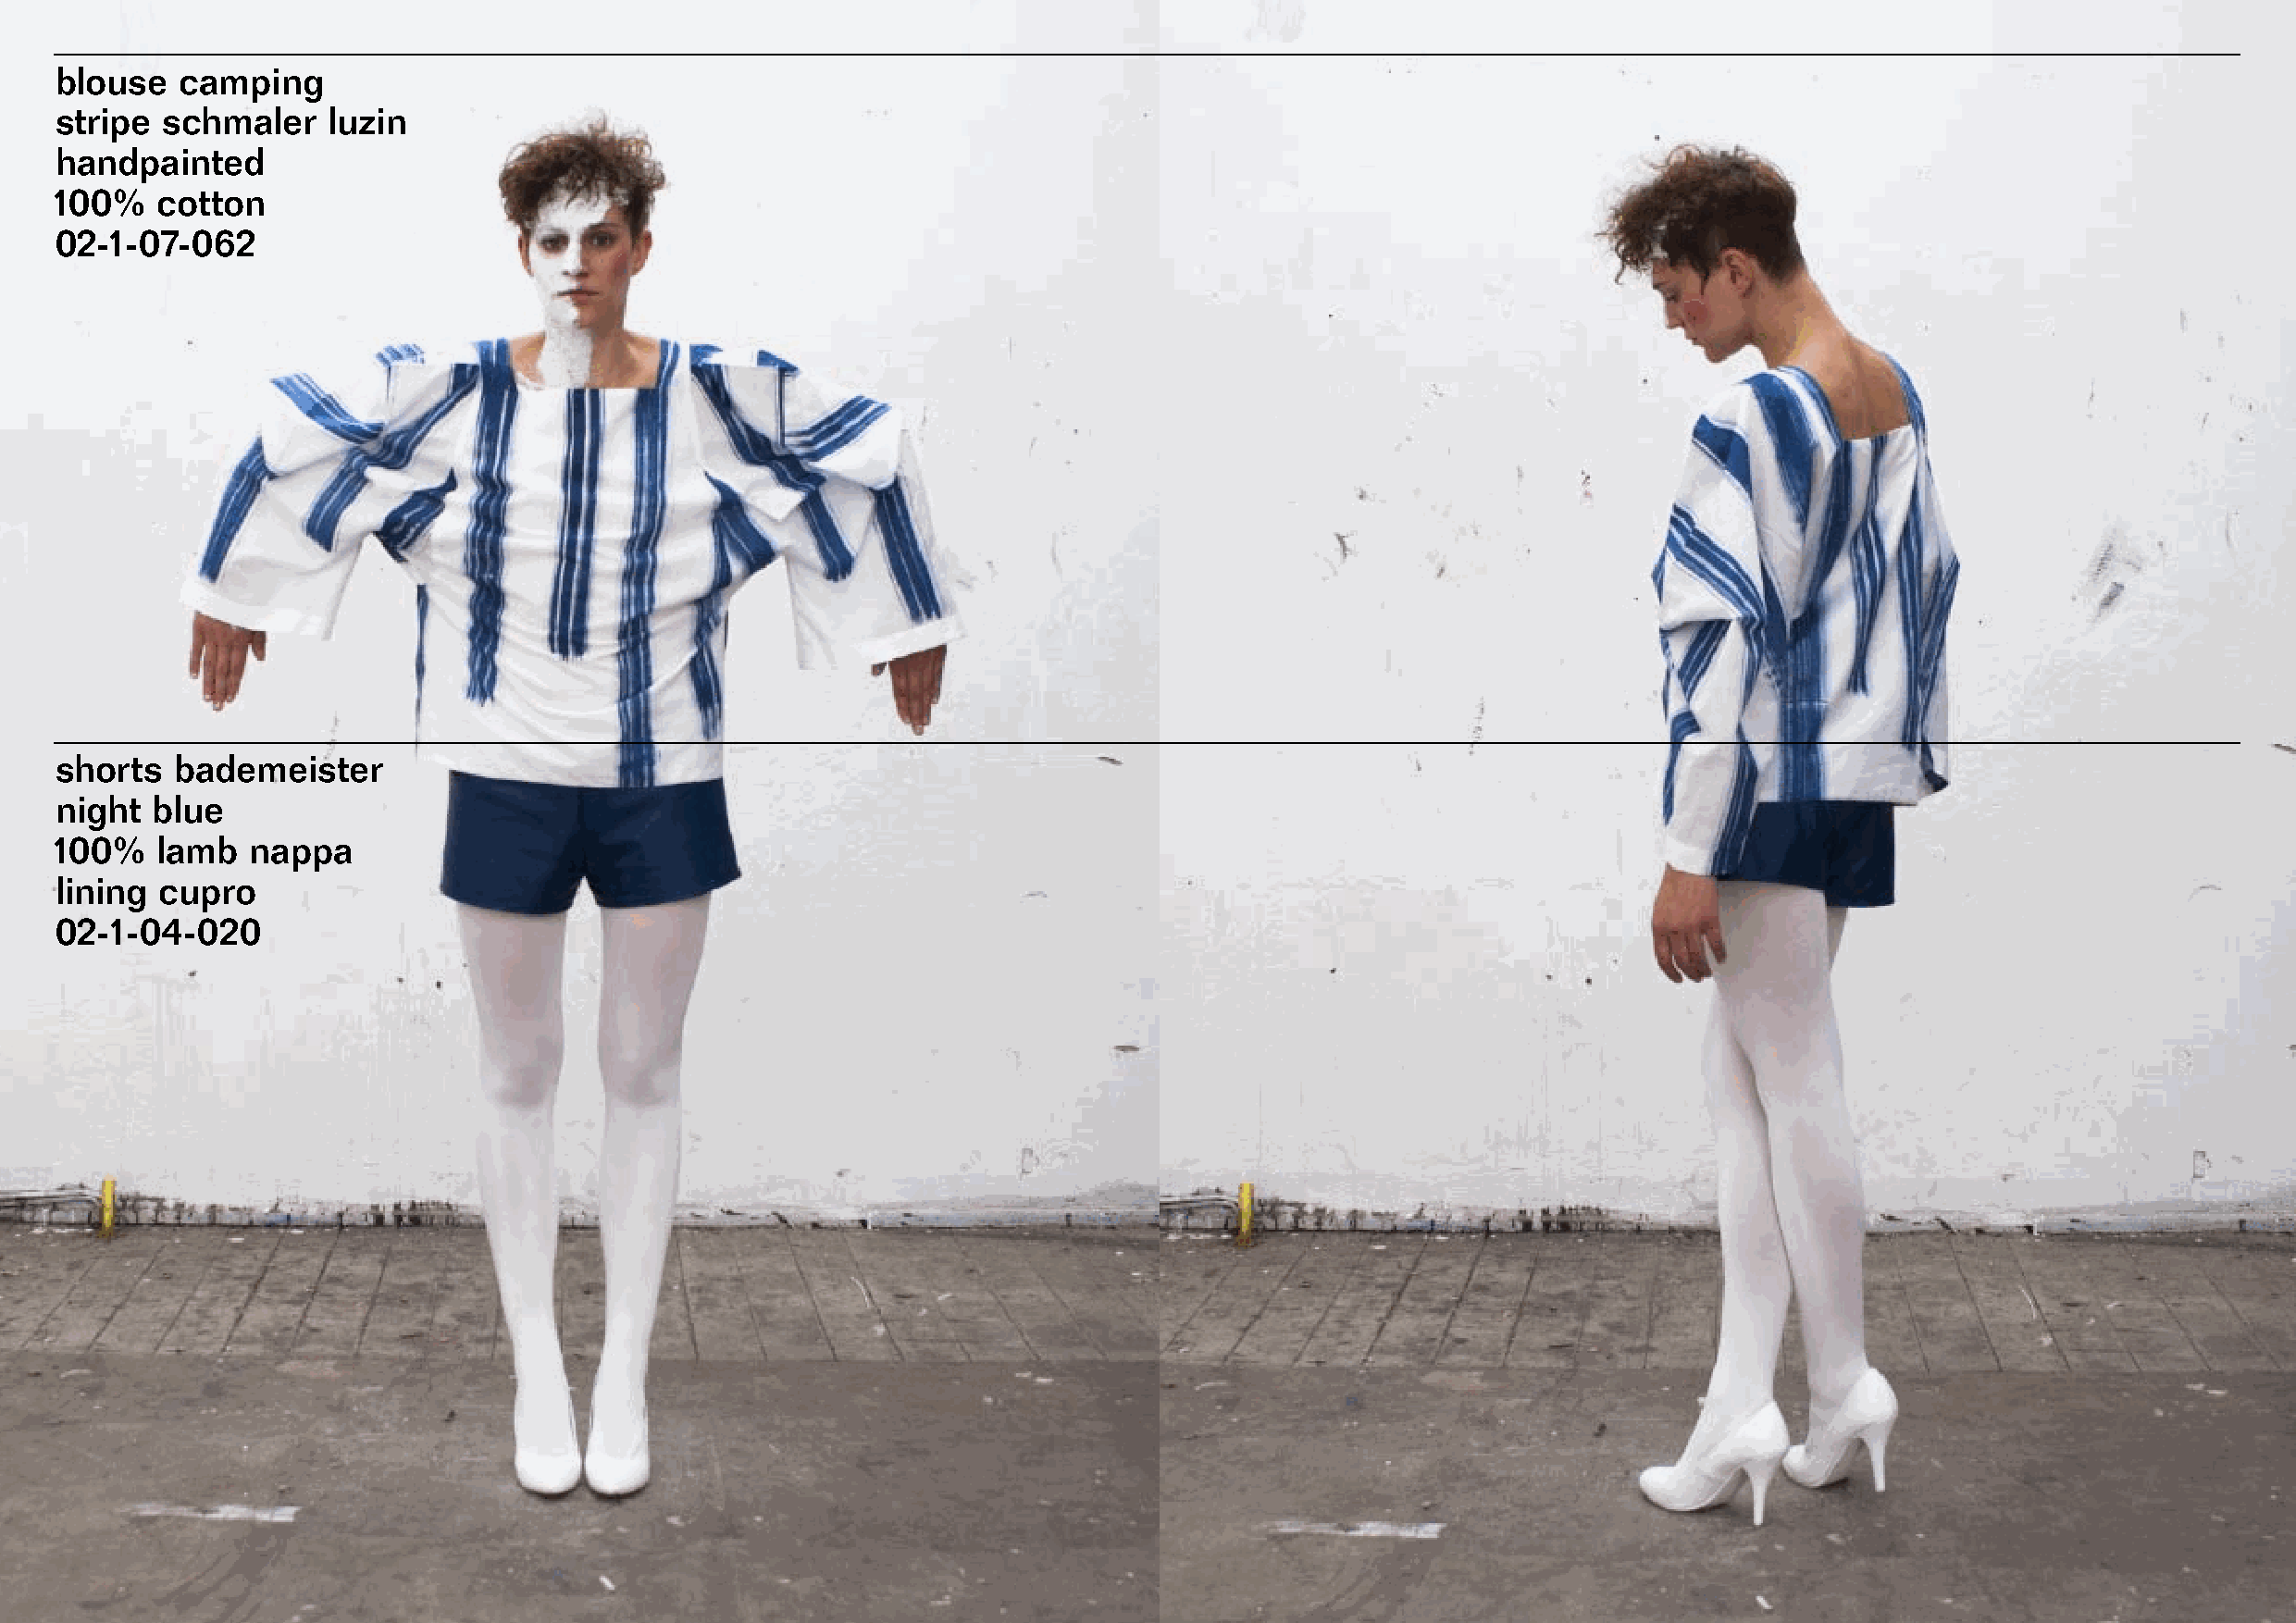
blouse   camping
 stripe  schmaler   luzin
 handpainted
 100%   cotton
 02-1-07-062
 shorts  bademeister
 night  blue
 100%   lamb   nappa
 lining cupro
 02-1-04-020